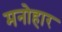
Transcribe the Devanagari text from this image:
मनोहार